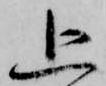
追